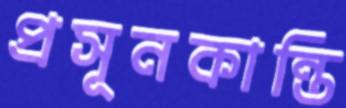
প্রসূনকান্তি